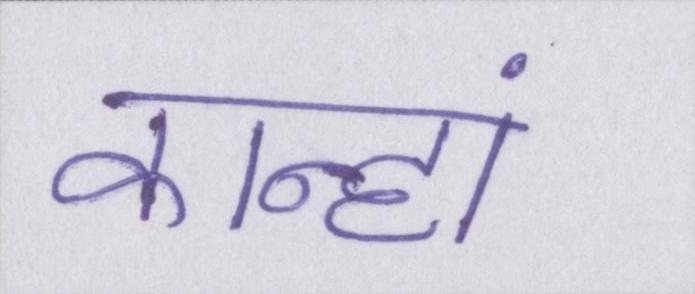
कान्हां